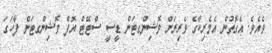
ވެއެވެ. އެގޮތުން އެމެރިކާގެ ވެރިރަށް ވޮޝިންގޓަން ޑީސީ ސްޓޭޓް އޮފް ވޮޝިންގޓަން ފާހަގަ